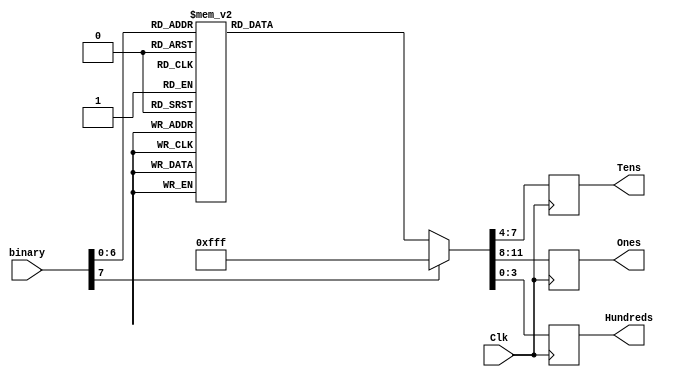
`timescale 1ns / 1ps
//////////////////////////////////////////////////////////////////////////////////
// Company: 
// Engineer: 
// 
// Design Name: 
// Module Name: BCD
// Project Name: 
// Target Devices: 
// Tool Versions: 
// Description: 
// 
// Dependencies: 
// 
// Revision:
// Revision 0.01 - File Created
// Additional Comments:
// 
//////////////////////////////////////////////////////////////////////////////////
module BCD(
    input Clk,
    input [7:0] binary,
    output reg [3:0] Hundreds,
    output reg [3:0] Tens,
    output reg [3:0] Ones);
    always @ (posedge Clk)
    begin
        case (binary)
            8'd0:   begin  Hundreds <= 4'd0;  Tens <= 4'd0;  Ones <= 4'd0; end
            8'd1:   begin  Hundreds <= 4'd0;  Tens <= 4'd0;  Ones <= 4'd1; end
            8'd2:   begin  Hundreds <= 4'd0;  Tens <= 4'd0;  Ones <= 4'd2; end
            8'd3:   begin  Hundreds <= 4'd0;  Tens <= 4'd0;  Ones <= 4'd3; end
            8'd4:   begin  Hundreds <= 4'd0;  Tens <= 4'd0;  Ones <= 4'd4; end
            8'd5:   begin  Hundreds <= 4'd0;  Tens <= 4'd0;  Ones <= 4'd5; end
            8'd6:   begin  Hundreds <= 4'd0;  Tens <= 4'd0;  Ones <= 4'd6; end
            8'd7:   begin  Hundreds <= 4'd0;  Tens <= 4'd0;  Ones <= 4'd7; end
            8'd8:   begin  Hundreds <= 4'd0;  Tens <= 4'd0;  Ones <= 4'd8; end
            8'd9:   begin  Hundreds <= 4'd0;  Tens <= 4'd0;  Ones <= 4'd9; end
            
            8'd10:   begin  Hundreds <= 4'd0;  Tens <= 4'd1;  Ones <= 4'd0; end
            8'd11:   begin  Hundreds <= 4'd0;  Tens <= 4'd1;  Ones <= 4'd1; end
            8'd12:   begin  Hundreds <= 4'd0;  Tens <= 4'd1;  Ones <= 4'd2; end
            8'd13:   begin  Hundreds <= 4'd0;  Tens <= 4'd1;  Ones <= 4'd3; end
            8'd14:   begin  Hundreds <= 4'd0;  Tens <= 4'd1;  Ones <= 4'd4; end
            8'd15:   begin  Hundreds <= 4'd0;  Tens <= 4'd1;  Ones <= 4'd5; end
            8'd16:   begin  Hundreds <= 4'd0;  Tens <= 4'd1;  Ones <= 4'd6; end
            8'd17:   begin  Hundreds <= 4'd0;  Tens <= 4'd1;  Ones <= 4'd7; end
            8'd18:   begin  Hundreds <= 4'd0;  Tens <= 4'd1;  Ones <= 4'd8; end
            8'd19:   begin  Hundreds <= 4'd0;  Tens <= 4'd1;  Ones <= 4'd9; end
            
            8'd20:   begin  Hundreds <= 4'd0;  Tens <= 4'd2;  Ones <= 4'd0; end
            8'd21:   begin  Hundreds <= 4'd0;  Tens <= 4'd2;  Ones <= 4'd1; end
            8'd22:   begin  Hundreds <= 4'd0;  Tens <= 4'd2;  Ones <= 4'd2; end
            8'd23:   begin  Hundreds <= 4'd0;  Tens <= 4'd2;  Ones <= 4'd3; end
            8'd24:   begin  Hundreds <= 4'd0;  Tens <= 4'd2;  Ones <= 4'd4; end
            8'd25:   begin  Hundreds <= 4'd0;  Tens <= 4'd2;  Ones <= 4'd5; end
            8'd26:   begin  Hundreds <= 4'd0;  Tens <= 4'd2;  Ones <= 4'd6; end
            8'd27:   begin  Hundreds <= 4'd0;  Tens <= 4'd2;  Ones <= 4'd7; end
            8'd28:   begin  Hundreds <= 4'd0;  Tens <= 4'd2;  Ones <= 4'd8; end
            8'd29:   begin  Hundreds <= 4'd0;  Tens <= 4'd2;  Ones <= 4'd9; end
            
            8'd30:   begin  Hundreds <= 4'd0;  Tens <= 4'd3;  Ones <= 4'd0; end
            8'd31:   begin  Hundreds <= 4'd0;  Tens <= 4'd3;  Ones <= 4'd1; end
            8'd32:   begin  Hundreds <= 4'd0;  Tens <= 4'd3;  Ones <= 4'd2; end
            8'd33:   begin  Hundreds <= 4'd0;  Tens <= 4'd3;  Ones <= 4'd3; end
            8'd34:   begin  Hundreds <= 4'd0;  Tens <= 4'd3;  Ones <= 4'd4; end
            8'd35:   begin  Hundreds <= 4'd0;  Tens <= 4'd3;  Ones <= 4'd5; end
            8'd36:   begin  Hundreds <= 4'd0;  Tens <= 4'd3;  Ones <= 4'd6; end
            8'd37:   begin  Hundreds <= 4'd0;  Tens <= 4'd3;  Ones <= 4'd7; end
            8'd38:   begin  Hundreds <= 4'd0;  Tens <= 4'd3;  Ones <= 4'd8; end
            8'd39:   begin  Hundreds <= 4'd0;  Tens <= 4'd3;  Ones <= 4'd9; end
            
            8'd40:   begin  Hundreds <= 4'd0;  Tens <= 4'd4;  Ones <= 4'd0; end
            8'd41:   begin  Hundreds <= 4'd0;  Tens <= 4'd4;  Ones <= 4'd1; end
            8'd42:   begin  Hundreds <= 4'd0;  Tens <= 4'd4;  Ones <= 4'd2; end
            8'd43:   begin  Hundreds <= 4'd0;  Tens <= 4'd4;  Ones <= 4'd3; end
            8'd44:   begin  Hundreds <= 4'd0;  Tens <= 4'd4;  Ones <= 4'd4; end
            8'd45:   begin  Hundreds <= 4'd0;  Tens <= 4'd4;  Ones <= 4'd5; end
            8'd46:   begin  Hundreds <= 4'd0;  Tens <= 4'd4;  Ones <= 4'd6; end
            8'd47:   begin  Hundreds <= 4'd0;  Tens <= 4'd4;  Ones <= 4'd7; end
            8'd48:   begin  Hundreds <= 4'd0;  Tens <= 4'd4;  Ones <= 4'd8; end
            8'd49:   begin  Hundreds <= 4'd0;  Tens <= 4'd4;  Ones <= 4'd9; end
            
            8'd50:   begin  Hundreds <= 4'd0;  Tens <= 4'd5;  Ones <= 4'd0; end
            8'd51:   begin  Hundreds <= 4'd0;  Tens <= 4'd5;  Ones <= 4'd1; end 
            8'd52:   begin  Hundreds <= 4'd0;  Tens <= 4'd5;  Ones <= 4'd2; end 
            8'd53:   begin  Hundreds <= 4'd0;  Tens <= 4'd5;  Ones <= 4'd3; end 
            8'd54:   begin  Hundreds <= 4'd0;  Tens <= 4'd5;  Ones <= 4'd4; end 
            8'd55:   begin  Hundreds <= 4'd0;  Tens <= 4'd5;  Ones <= 4'd5; end 
            8'd56:   begin  Hundreds <= 4'd0;  Tens <= 4'd5;  Ones <= 4'd6; end 
            8'd57:   begin  Hundreds <= 4'd0;  Tens <= 4'd5;  Ones <= 4'd7; end 
            8'd58:   begin  Hundreds <= 4'd0;  Tens <= 4'd5;  Ones <= 4'd8; end 
            8'd59:   begin  Hundreds <= 4'd0;  Tens <= 4'd5;  Ones <= 4'd9; end 
            
            8'd60:   begin  Hundreds <= 4'd0;  Tens <= 4'd6;  Ones <= 4'd0; end 
            8'd61:   begin  Hundreds <= 4'd0;  Tens <= 4'd6;  Ones <= 4'd1; end 
            8'd62:   begin  Hundreds <= 4'd0;  Tens <= 4'd6;  Ones <= 4'd2; end 
            8'd63:   begin  Hundreds <= 4'd0;  Tens <= 4'd6;  Ones <= 4'd3; end 
            8'd64:   begin  Hundreds <= 4'd0;  Tens <= 4'd6;  Ones <= 4'd4; end 
            8'd65:   begin  Hundreds <= 4'd0;  Tens <= 4'd6;  Ones <= 4'd5; end 
            8'd66:   begin  Hundreds <= 4'd0;  Tens <= 4'd6;  Ones <= 4'd6; end 
            8'd67:   begin  Hundreds <= 4'd0;  Tens <= 4'd6;  Ones <= 4'd7; end 
            8'd68:   begin  Hundreds <= 4'd0;  Tens <= 4'd6;  Ones <= 4'd8; end 
            8'd69:   begin  Hundreds <= 4'd0;  Tens <= 4'd6;  Ones <= 4'd9; end 
                              
            8'd70:   begin  Hundreds <= 4'd0;  Tens <= 4'd7;  Ones <= 4'd0; end 
            8'd71:   begin  Hundreds <= 4'd0;  Tens <= 4'd7;  Ones <= 4'd1; end 
            8'd72:   begin  Hundreds <= 4'd0;  Tens <= 4'd7;  Ones <= 4'd2; end 
            8'd73:   begin  Hundreds <= 4'd0;  Tens <= 4'd7;  Ones <= 4'd3; end 
            8'd74:   begin  Hundreds <= 4'd0;  Tens <= 4'd7;  Ones <= 4'd4; end 
            8'd75:   begin  Hundreds <= 4'd0;  Tens <= 4'd7;  Ones <= 4'd5; end 
            8'd76:   begin  Hundreds <= 4'd0;  Tens <= 4'd7;  Ones <= 4'd6; end 
            8'd77:   begin  Hundreds <= 4'd0;  Tens <= 4'd7;  Ones <= 4'd7; end 
            8'd78:   begin  Hundreds <= 4'd0;  Tens <= 4'd7;  Ones <= 4'd8; end 
            8'd79:   begin  Hundreds <= 4'd0;  Tens <= 4'd7;  Ones <= 4'd9; end 
            
            8'd80:   begin  Hundreds <= 4'd0;  Tens <= 4'd8;  Ones <= 4'd0; end 
            8'd81:   begin  Hundreds <= 4'd0;  Tens <= 4'd8;  Ones <= 4'd1; end 
            8'd82:   begin  Hundreds <= 4'd0;  Tens <= 4'd8;  Ones <= 4'd2; end 
            8'd83:   begin  Hundreds <= 4'd0;  Tens <= 4'd8;  Ones <= 4'd3; end 
            8'd84:   begin  Hundreds <= 4'd0;  Tens <= 4'd8;  Ones <= 4'd4; end 
            8'd85:   begin  Hundreds <= 4'd0;  Tens <= 4'd8;  Ones <= 4'd5; end 
            8'd86:   begin  Hundreds <= 4'd0;  Tens <= 4'd8;  Ones <= 4'd6; end 
            8'd87:   begin  Hundreds <= 4'd0;  Tens <= 4'd8;  Ones <= 4'd7; end 
            8'd88:   begin  Hundreds <= 4'd0;  Tens <= 4'd8;  Ones <= 4'd8; end 
            8'd89:   begin  Hundreds <= 4'd0;  Tens <= 4'd8;  Ones <= 4'd9; end 
            
            8'd90:   begin  Hundreds <= 4'd0;  Tens <= 4'd9;  Ones <= 4'd0; end 
            8'd91:   begin  Hundreds <= 4'd0;  Tens <= 4'd9;  Ones <= 4'd1; end 
            8'd92:   begin  Hundreds <= 4'd0;  Tens <= 4'd9;  Ones <= 4'd2; end 
            8'd93:   begin  Hundreds <= 4'd0;  Tens <= 4'd9;  Ones <= 4'd3; end 
            8'd94:   begin  Hundreds <= 4'd0;  Tens <= 4'd9;  Ones <= 4'd4; end 
            8'd95:   begin  Hundreds <= 4'd0;  Tens <= 4'd9;  Ones <= 4'd5; end 
            8'd96:   begin  Hundreds <= 4'd0;  Tens <= 4'd9;  Ones <= 4'd6; end 
            8'd97:   begin  Hundreds <= 4'd0;  Tens <= 4'd9;  Ones <= 4'd7; end 
            8'd98:   begin  Hundreds <= 4'd0;  Tens <= 4'd9;  Ones <= 4'd8; end 
            8'd99:   begin  Hundreds <= 4'd0;  Tens <= 4'd9;  Ones <= 4'd9; end 
            
            default: begin  Hundreds <= 4'd15;  Tens <= 4'd15;  Ones <= 4'd15; end
        endcase
    end
    
endmodule